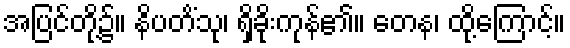
အပြင်တို့၌။ နိပတိံသု၊ ရှိခိုးကုန်၏။ တေန၊ ထို့ကြောင့်။